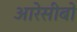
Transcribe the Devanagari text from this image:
आरेसीबो